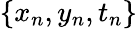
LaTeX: \{ x_{n},y_{n},t_{n}\}